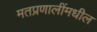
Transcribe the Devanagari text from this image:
मतप्रणालींमधील